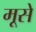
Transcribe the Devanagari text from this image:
मूसे